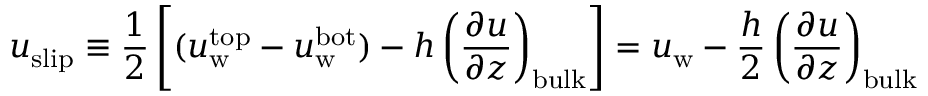
u _ { \mathrm { s l i p } } \equiv \frac { 1 } { 2 } \left[ ( u _ { \mathrm { w } } ^ { \mathrm { t o p } } - u _ { \mathrm { w } } ^ { \mathrm { b o t } } ) - h \left( \frac { \partial u } { \partial z } \right) _ { \mathrm { b u l k } } \right] = u _ { \mathrm { w } } - \frac { h } { 2 } \left( \frac { \partial u } { \partial z } \right) _ { \mathrm { b u l k } }